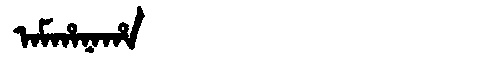
Manchu: ᠠᠮᡥᠠᠨᠠᡥᠠ
Romanization: AMHANAHA